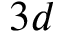
3 d